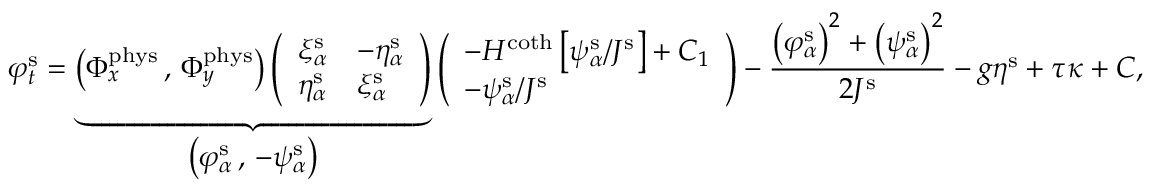
\varphi _ { t } ^ { \mathrm { s } } = \underbrace { \big ( \Phi _ { x } ^ { \mathrm { p h y s } } \, , \, \Phi _ { y } ^ { \mathrm { p h y s } } \big ) \left( \begin{array} { l l } { \xi _ { \alpha } ^ { \mathrm { s } } } & { - \eta _ { \alpha } ^ { \mathrm { s } } } \\ { \eta _ { \alpha } ^ { \mathrm { s } } } & { \xi _ { \alpha } ^ { \mathrm { s } } } \end{array} \right) } _ { \displaystyle \big ( \varphi _ { \alpha } ^ { \mathrm { s } } \, , \, - \psi _ { \alpha } ^ { \mathrm { s } } \big ) } \left( \begin{array} { l } { - H ^ { \coth } \left[ \psi _ { \alpha } ^ { \mathrm { s } } / J ^ { \mathrm { s } } \right] + C _ { 1 } } \\ { - \psi _ { \alpha } ^ { \mathrm { s } } / J ^ { \mathrm { s } } } \end{array} \right) - \frac { \big ( \varphi _ { \alpha } ^ { \mathrm { s } } \big ) ^ { 2 } + \big ( \psi _ { \alpha } ^ { \mathrm { s } } \big ) ^ { 2 } } { 2 J ^ { \mathrm { s } } } - g \eta ^ { \mathrm { s } } + \tau \kappa + C ,